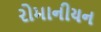
રોમાનીયન